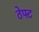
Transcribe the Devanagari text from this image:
ठेफ्ट